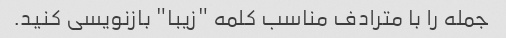
جمله را با مترادف مناسب کلمه "زیبا" بازنویسی کنید.